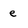
Character: e